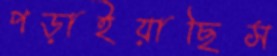
পড়াইয়াছিস